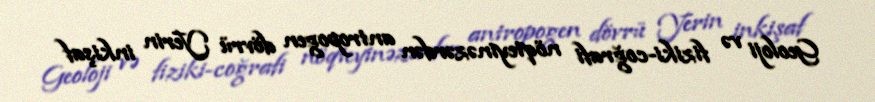
Geoloji və fiziki-coğrafi nöqteyinəzərdən antropogen dövrü Yerin inkişaf